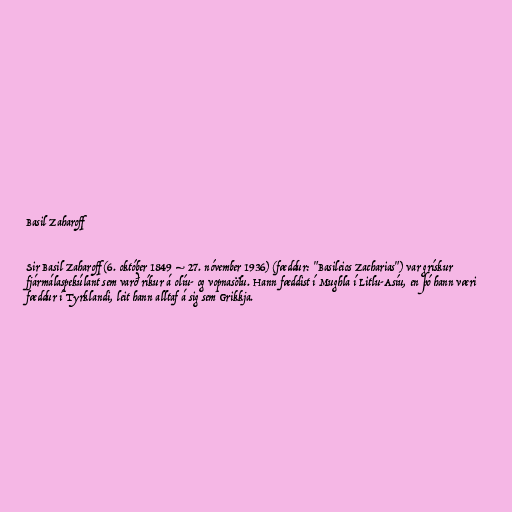
Basil Zaharoff

Sir Basil Zaharoff (6. október 1849 – 27. nóvember 1936) (fæddur: "Basileios Zacharias") var grískur
fjármálaspekúlant sem varð ríkur á olíu- og vopnasölu. Hann fæddist í Mughla í Litlu-Asíu, en þó hann væri
fæddur í Tyrklandi, leit hann alltaf á sig sem Grikkja.